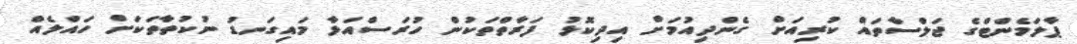
ޕާލަމެންޓްގެ ޖަލްސާތައް ކުރިއަށް ގެންދިއުމަށް އިދިކޮޅު ފަރާތްތަކުން ހުރަސްއަޅާ މައިގަނޑު ނުކުތާތަކަށް ހައްލެއް